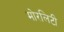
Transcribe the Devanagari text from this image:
मोरलिटी